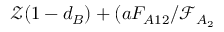
\mathcal { Z } ( 1 - d _ { B } ) + ( a F _ { A 1 2 } / \mathcal { F } _ { A _ { 2 } }